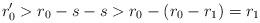
LaTeX: \begin{align*}r_0'>r_0-s-s>r_0-(r_0-r_1)=r_1\end{align*}